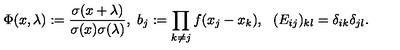
\Phi ( x , \lambda ) : = \frac { \sigma ( x + \lambda ) } { \sigma ( x ) \sigma ( \lambda ) } , \mathrm { } \ b _ { j } : = \prod _ { k \neq j } f ( x _ { j } - x _ { k } ) , \ \mathrm { \ } ( E _ { i j } ) _ { k l } = \delta _ { i k } \delta _ { j l } .